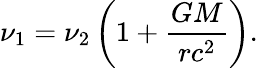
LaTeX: \nu_{1}=\nu_{2}\left(1+{\frac{GM}{rc^{2}}}\right).